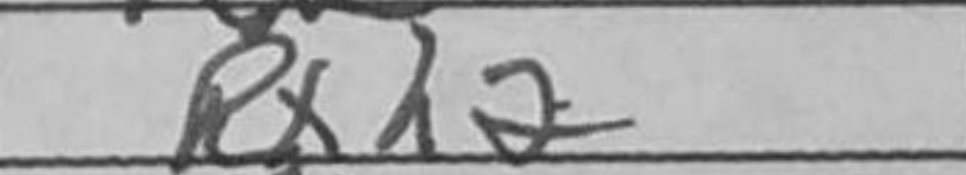
Transcription: Rxh2